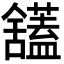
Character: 𫇙